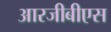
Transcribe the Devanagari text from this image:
आरजीबीएस